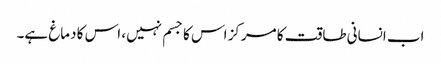
اب انسانی طاقت کا مرکز اس کا جسم نہیں، اس کا دماغ ہے۔